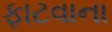
ફાટવાના